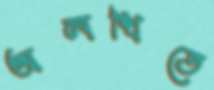
অলখিতে